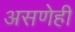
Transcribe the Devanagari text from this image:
असणेही